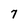
Character: 7